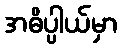
အဓိပ္ပါယ်မှာ